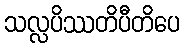
သလ္လပိဿတိပီတိပေ